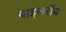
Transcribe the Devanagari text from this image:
बाइसरॉय